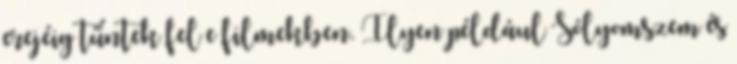
erejéig tűntek fel e filmekben. Ilyen például Sólyomszem és